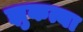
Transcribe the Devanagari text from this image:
झुकत्या